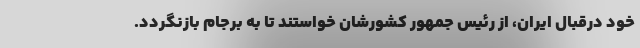
خود درقبال ایران، از رئیس جمهور کشورشان خواستند تا به برجام بازنگردد.